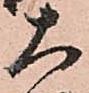
大